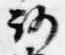
路